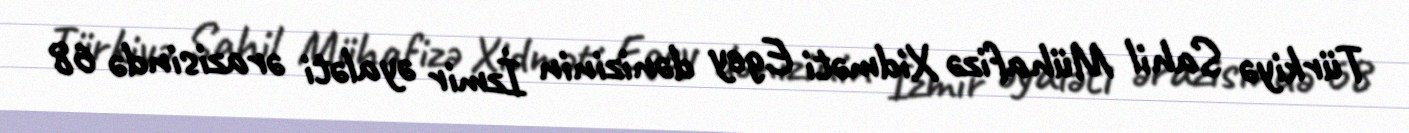
Türkiyə Sahil Mühafizə Xidməti Egey dənizinin İzmir əyaləti ərazisində 68